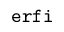
{ \tt e r f i }